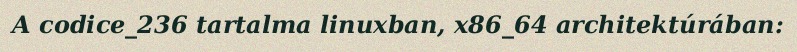
A codice_236 tartalma linuxban, x86_64 architektúrában: